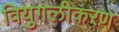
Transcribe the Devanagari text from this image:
वियुगलीकरण